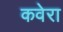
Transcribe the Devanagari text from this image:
कवेरा